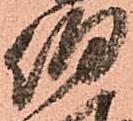
伯